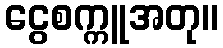
ငွေစက္ကူအတု။